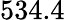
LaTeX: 534.4